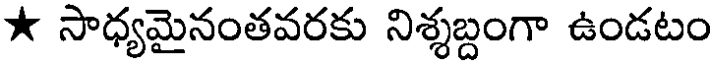
* సాధ్యమైనంతవరకు నిశ్శబ్దంగా ఉండటం